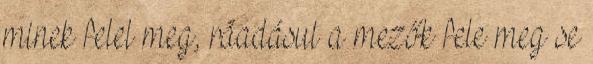
minek felel meg, ráadásul a mezők fele meg se